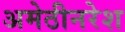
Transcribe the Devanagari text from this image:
अमेठीनरेश